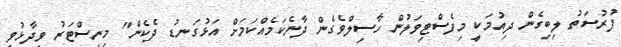
ފުރުސަތު ލިބިގެން ދިއުމަކީ މިފެސްޓިވަލުން ހާސިލްވެގެން ދާނެކަމެއްކަމަށް އަޅުގަނޑު ދެކެން" މިނިސްޓަރު ވިދާޅުވި